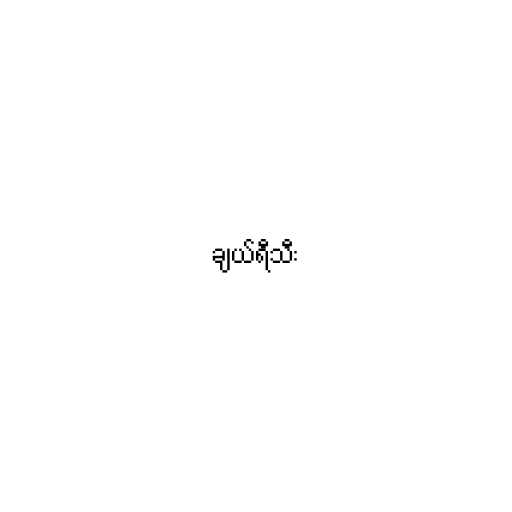
ချယ်ရီသီး